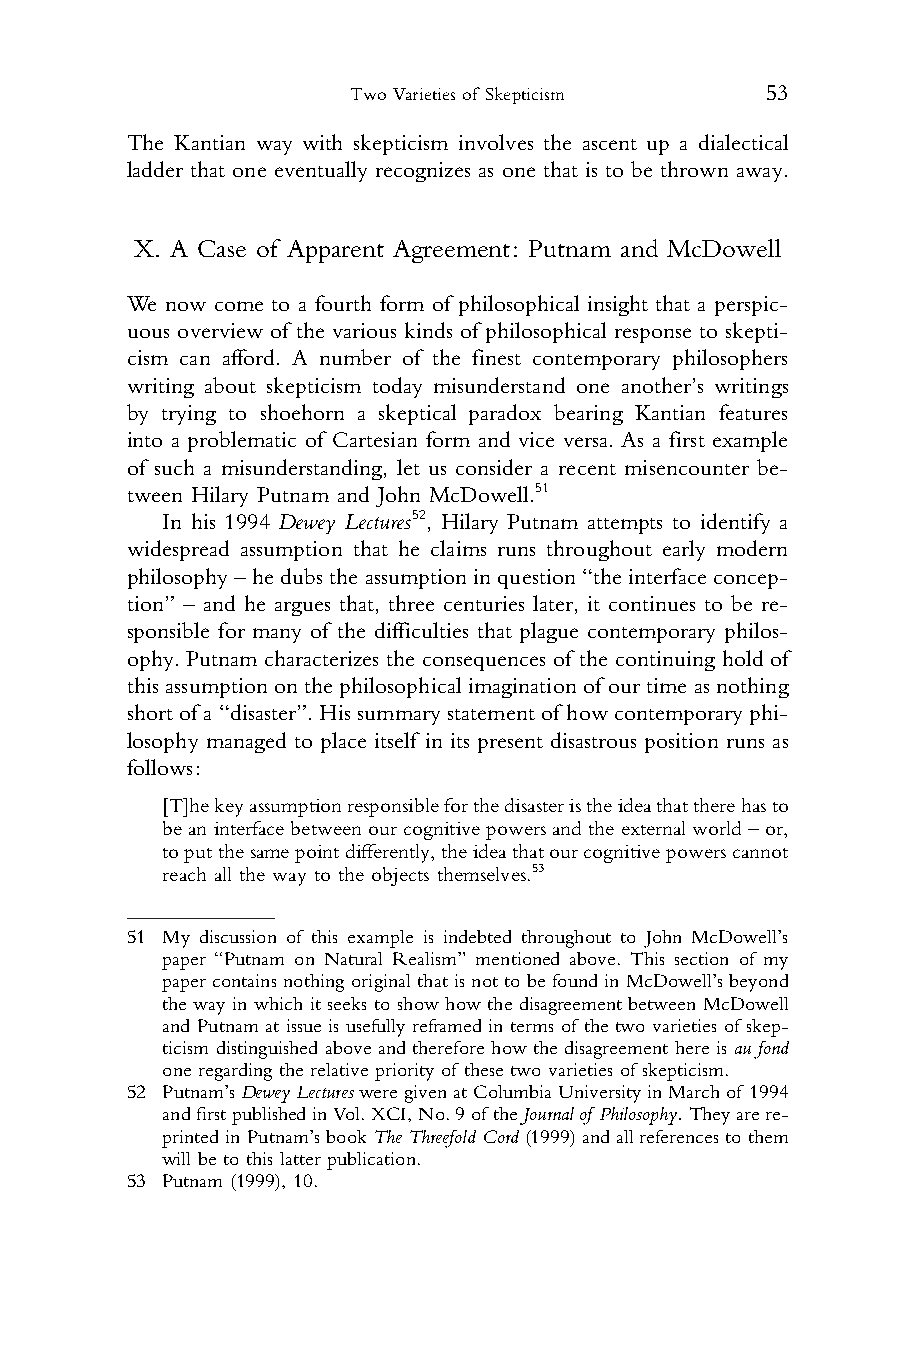
Two Varieties of Skepticism 53
 1 The Kantian way with skepticism involves the ascent up a dialectical
 2 ladder that one eventually recognizes as one that is to be thrown away.
 3
 4
 5  X. A Case of Apparent Agreement: Putnam and McDowell
 6
 7 We now come to a fourth form of philosophical insight that a perspic-
 8 uous overview of the various kinds of philosophical response to skepti-
 9 cism can afford. A number of the finest contemporary philosophers
 10 writing about skepticism today misunderstand one another’s writings
 11 by trying to shoehorn a skeptical paradox bearing Kantian features
 12 into a problematic of Cartesian form and vice versa. As a first example
 13 of such a misunderstanding, let us consider a recent misencounter be-
 14 tween Hilary Putnam and John McDowell.51
 15    In his 1994 Dewey Lectures52, Hilary Putnam attempts to identify a
 16 widespread assumption that he claims runs throughout early modern
 17 philosophy–hedubstheassumption inquestion“theinterfaceconcep-
 18 tion” – and he argues that, three centuries later, it continues to be re-
 19 sponsible for many of the difficulties that plague contemporary philos-
 20
 ophy. Putnam characterizes the consequences of the continuing hold of
 21
 thisassumption onthephilosophicalimagination of ourtimeasnothing
 22
 shortofa“disaster”.Hissummarystatementof howcontemporary phi-
 23
 losophy managed to place itself in its present disastrous position runs as
 24
 follows:
 25
 26    [T]hekeyassumptionresponsibleforthedisasteristheideathattherehasto
 beaninterfacebetweenourcognitivepowersandtheexternalworld–or,
 27
 toputthesamepointdifferently,theideathatourcognitivepowerscannot
 28
 reach all the way to the objects themselves.53
 29
 30
 31 51 My discussion of this example is indebted throughout to John McDowell’s
 paper “Putnam on Natural Realism” mentioned above. This section of my
 32
 paper contains nothing original that isnotto befound in McDowell’s beyond
 33
 the way in which it seeks to show how the disagreement between McDowell
 34    and Putnam at issue is usefully reframed in terms of the two varieties of skep-
 35    ticism distinguished above and therefore how the disagreement here is au fond
 36    one regarding the relative priority of these two varieties of skepticism.
 52 Putnam’sDeweyLecturesweregivenatColumbiaUniversityinMarchof 1994
 37
 andfirstpublishedinVol.XCI,No.9of theJournalof Philosophy.Theyarere-
 38
 printed inPutnam’sbookTheThreefold Cord(1999)andallreferences tothem
 39    will be to this latter publication.
 40 53 Putnam (1999), 10.